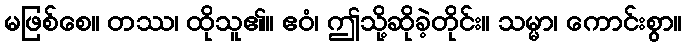
မဖြစ်စေ။ တဿ၊ ထိုသူ၏။ ဧဝံ၊ ဤသို့ဆိုခဲ့တိုင်း။ သမ္မာ၊ ကောင်းစွာ။